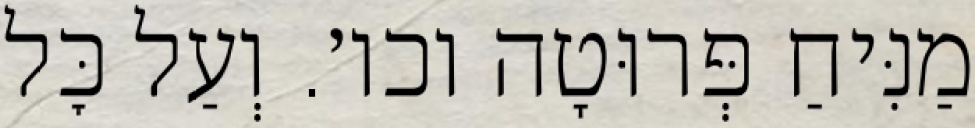
מַנִּיחַ פְּרוּטָה וכו׳. וְעַל כׇּל